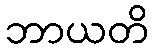
ဘာယတိ